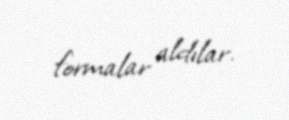
formalar aldılar.